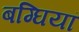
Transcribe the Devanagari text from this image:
बग्घियां